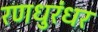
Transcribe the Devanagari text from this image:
रणधुरंधर